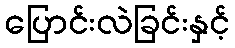
ပြောင်းလဲခြင်းနှင့်